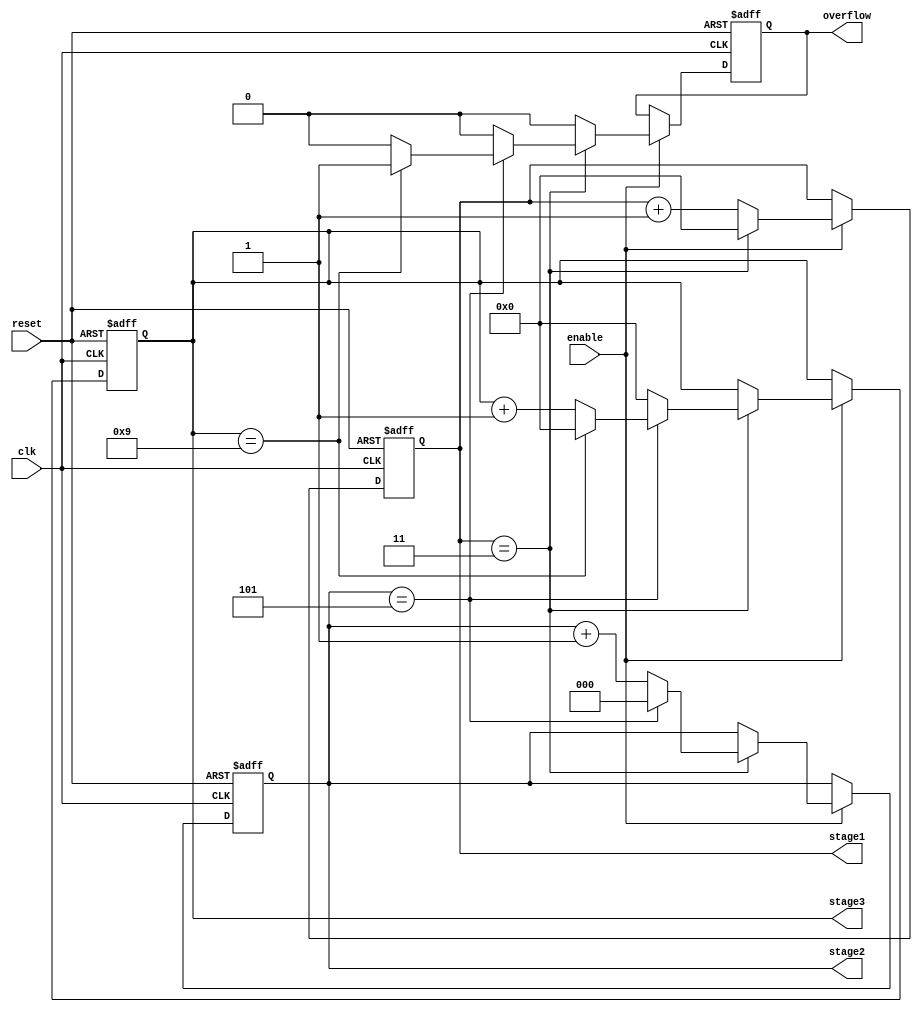
module mixed_radix_counter (
    input wire clk,                   // Clock signal
    input wire reset,                 // Asynchronous reset
    input wire enable,                // Enable signal
    output reg [3:0] stage1,         // Output for stage 1 (4 states)
    output reg [2:0] stage2,         // Output for stage 2 (6 states)
    output reg [3:0] stage3,         // Output for stage 3 (10 states)
    output reg overflow               // Overflow signal
);

    // Radix values
    localparam R1 = 4;               // Radix for stage 1
    localparam R2 = 6;               // Radix for stage 2
    localparam R3 = 10;              // Radix for stage 3

    // Internal counter for overflow detection
    wire stage1_max = (stage1 == R1 - 1);
    wire stage2_max = (stage2 == R2 - 1);
    wire stage3_max = (stage3 == R3 - 1);

    // Process block
    always @(posedge clk or posedge reset) begin
        if (reset) begin
            stage1 <= 0;
            stage2 <= 0;
            stage3 <= 0;
            overflow <= 0;
        end else if (enable) begin
            if (stage1_max) begin
                stage1 <= 0; // Reset stage 1
                if (stage2_max) begin
                    stage2 <= 0; // Reset stage 2
                    if (stage3_max) begin
                        stage3 <= 0; // Reset stage 3
                        overflow <= 1; // Set overflow
                    end else begin
                        stage3 <= stage3 + 1; // Increment stage 3
                        overflow <= 0;
                    end
                end else begin
                    stage2 <= stage2 + 1; // Increment stage 2
                    stage3 <= 0; // Reset stage 3
                    overflow <= 0;
                end
            end else begin
                stage1 <= stage1 + 1; // Increment stage 1
                overflow <= 0;
            end
        end
    end

endmodule